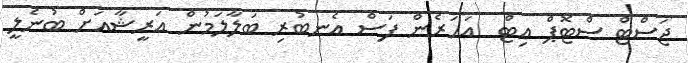
ޖަސްޓް ސްޓޮޕް އިޓް  އަހަރެން ފަސް އެނބުރި ބަލާލަމުން އަރީޝާއަށް ބުނެލީ